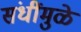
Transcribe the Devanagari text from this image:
संधींमुळे